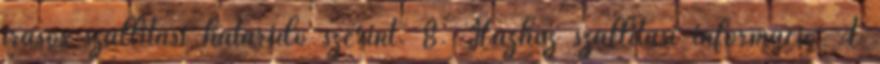
írásos szállítási határidő szerint. 8. Házhoz szállítási információ A